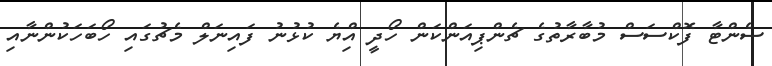
ސެންޓާ ފޮކްސަސް މުބާރާތުގެ ޗެންޕިއަންކަން ހޯދީ އިްޔެ ކުޅުނު ފައިނަލް މެޗުގައި ހޯބަހަކުންނާއި